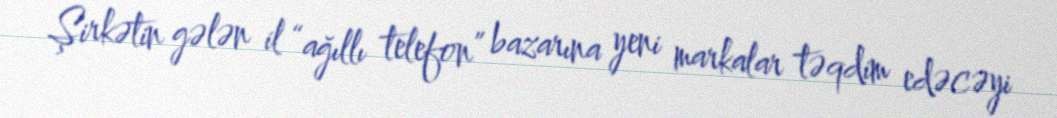
Şirkətin gələn il “ağıllı telefon” bazarına yeni markalar təqdim edəcəyi